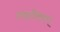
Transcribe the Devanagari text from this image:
स्थानिकरण